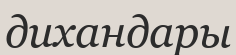
дихандары